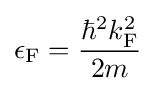
\epsilon _{\rm {F}}={\frac {\hbar ^{2}k_{\rm {F}}^{2}}{2m}}